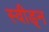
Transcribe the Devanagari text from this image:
स्वीड्न